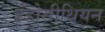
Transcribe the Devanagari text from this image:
इंडोसीथियन